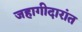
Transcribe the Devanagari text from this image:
जहागीदारांत